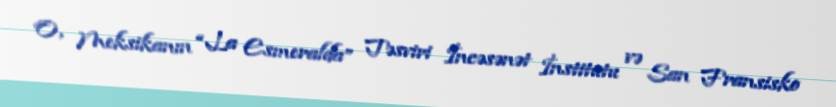
O, Meksikanın “La Esmeralda” Təsviri İncəsənət İnstitutu və San Fransisko